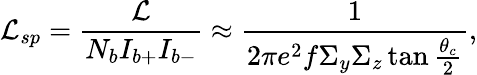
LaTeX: \mathcal{L}_{sp}=\frac{\mathcal{L}}{N_{b}I_{b+}I_{b-}}\approx\frac{1}{2\pi e^{2}f\Sigma_{y}\Sigma_{z}\tan\frac{\theta_{c}}{2}},